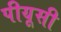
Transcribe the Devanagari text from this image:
पीयूसी